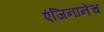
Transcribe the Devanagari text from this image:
एंजिनानेच